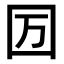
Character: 𡆭